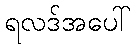
ရလဒ်အပေါ်